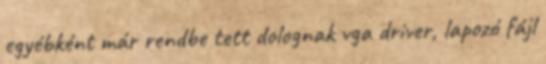
egyébként már rendbe tett dolognak vga driver, lapozó fájl